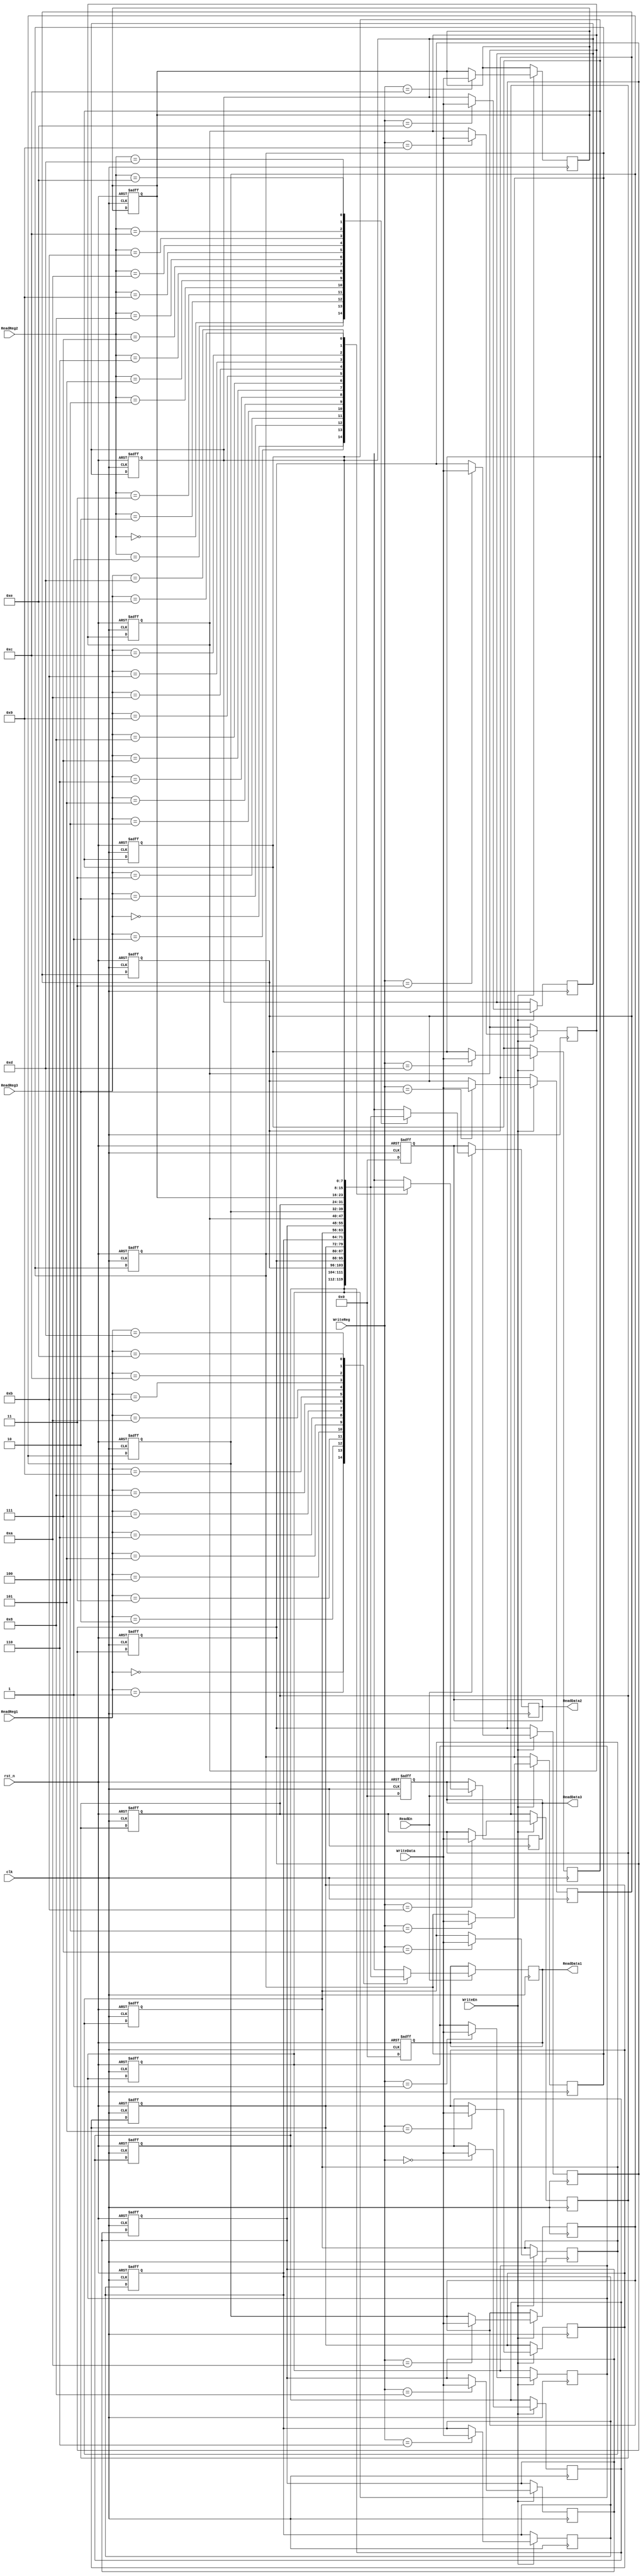
`timescale 1ns / 1ps
//////////////////////////////////////////////////////////////////////////////////
// Company: 
// Engineer: 
// 
// Design Name: 
// Module Name: RegisterFile
// Project Name: 
// Target Devices: 
// Tool Versions: 
// Description: 
// 
// Dependencies: 
// 
// Revision:
// Revision 0.01 - File Created
// Additional Comments:
// 
//////////////////////////////////////////////////////////////////////////////////


module RegisterFile(ReadEn, ReadReg1, ReadReg2, ReadReg3, WriteData, WriteEn, WriteReg, clk, rst_n,
ReadData1, ReadData2, ReadData3);

    parameter M = 4; // number of address bits
    parameter N = 15; // number of words
    parameter W = 8; // number of bits in a word
     
    input ReadEn, WriteEn, clk, rst_n;
    input [M-1:0] ReadReg1, ReadReg2, ReadReg3;
    input [M-1:0] WriteReg;
    input signed [W-1:0] WriteData;
    output reg signed [W-1:0] ReadData1, ReadData2, ReadData3;
    
    integer i; // for   integer 
    reg signed [W-1:0] reg_file [0:N-1]; // Register file reg  
    
    always@(posedge clk or negedge rst_n) begin //   always  
        ReadData1 <= 0; //  
        ReadData2 <= 0;
        ReadData3 <= 0;
        
        if(!rst_n) begin  // reset 
            for ( i = 0; i < N; i=i+1) begin // 0 ~    for 
                reg_file[i] <= {W{1'b0}};    // reg_file words  
            end 
            
        end
    end
    
    always@(posedge clk) begin
        if(WriteEn) reg_file[WriteReg] <= WriteData; // WriteEn = 1  WriteReg  WriteData 
    end
    
    always@(posedge clk) begin
        if(ReadEn) begin // ReadEm = 1 
            ReadData1 <= reg_file[ReadReg1];  // ReadReg1    ReadData1 
            ReadData2 <= reg_file[ReadReg2];  // ReadReg2    ReadData2 
            ReadData3 <= reg_file[ReadReg3];  // ReadReg3    ReadData3 
        end
    end
endmodule